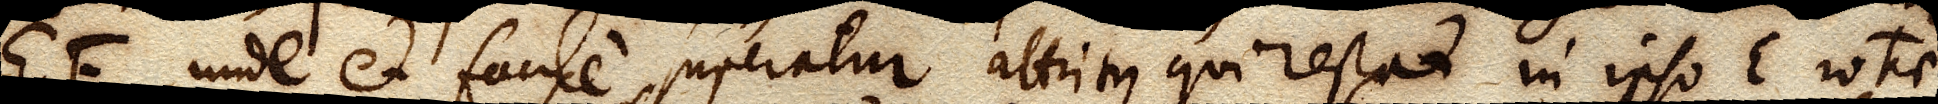
EF, unde et facile superatur attritus qui restat in ipso E, rotae